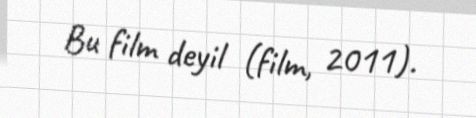
Bu film deyil (film, 2011).